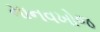
માનવખોજ